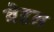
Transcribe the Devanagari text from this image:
बेद्दन